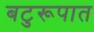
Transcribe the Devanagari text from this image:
बटुरूपात